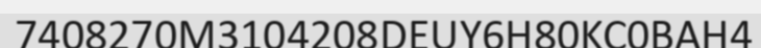
7408270M3104208DEUY6H80KC0BAH4